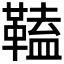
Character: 𩌍